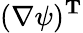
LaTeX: (\nabla\psi)^{\mathbf{T}}